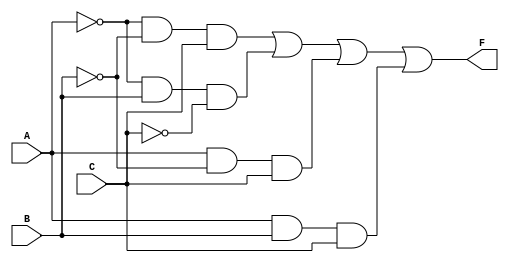
module three_variable_kmap (
    input wire A,  // Input A
    input wire B,  // Input B
    input wire C,  // Input C
    output wire F  // Output F
);

// The simplified Boolean expression derived from the K-map
// For minterms 1 (001), 2 (010), 5 (101), and 6 (110)
// F = A'B'C + A'BC' + AB'C + ABC
assign F = (~A & ~B & C) | (~A & B & ~C) | (A & ~B & C) | (A & B & C);

endmodule